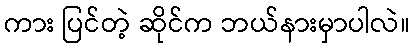
ကား ပြင်တဲ့ ဆိုင်က ဘယ်နားမှာပါလဲ။